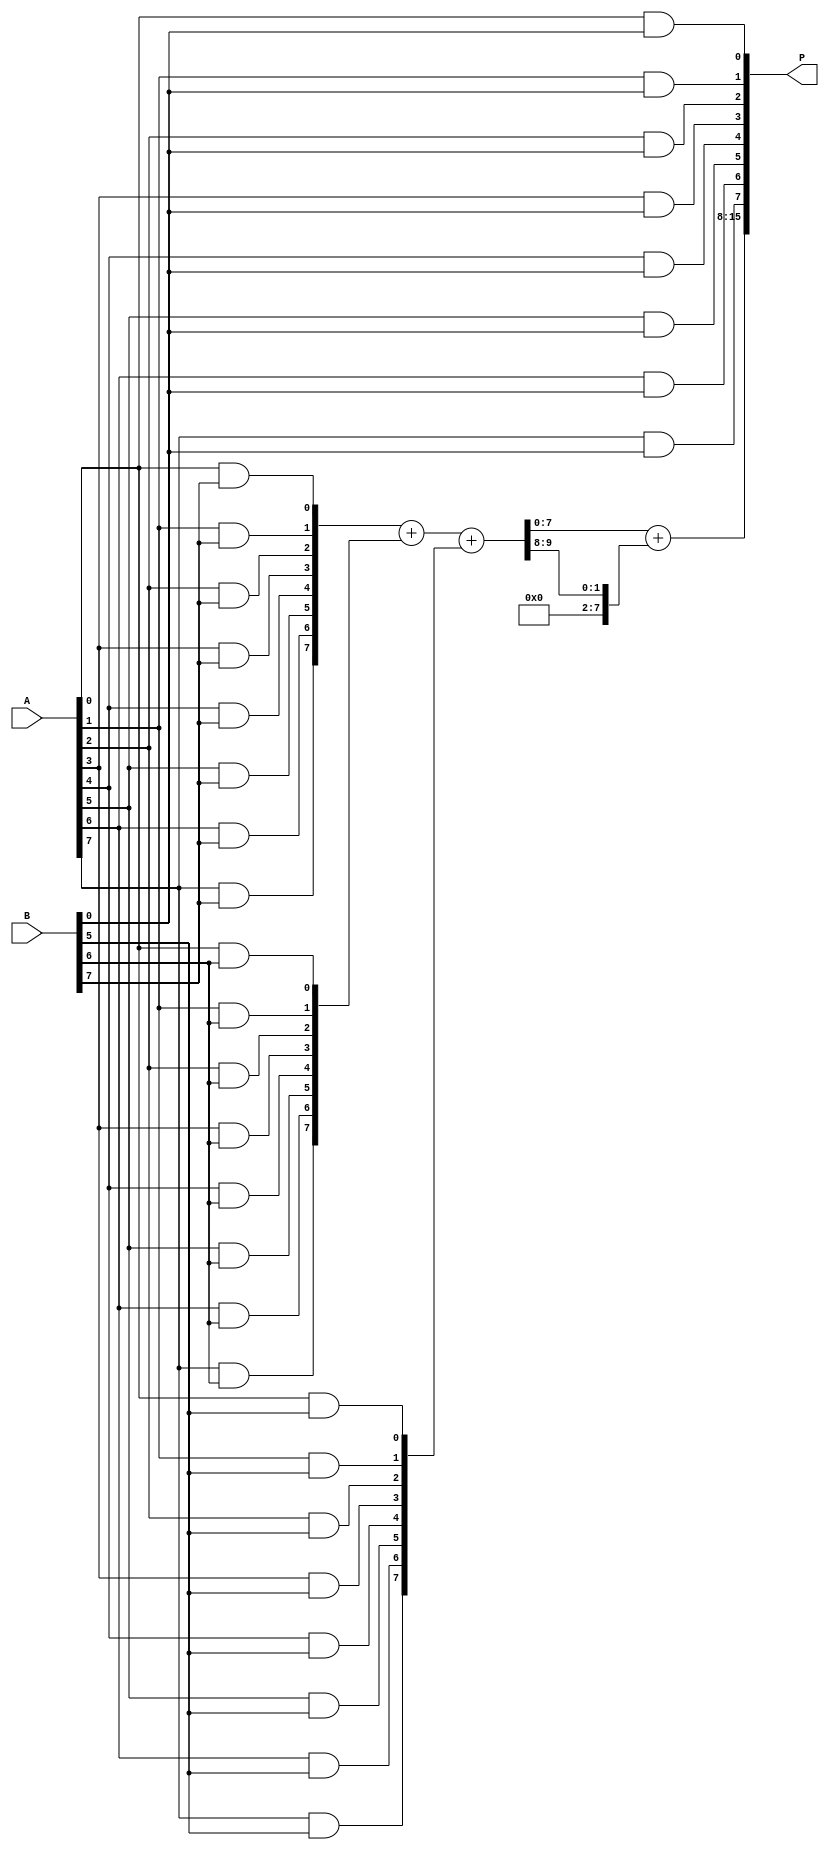
module wallace_tree_multiplier #(parameter N = 8) (
    input [N-1:0] A, // First operand
    input [N-1:0] B, // Second operand
    output [2*N-1:0] P // Product output
);

    // Partial product generation
    wire [N-1:0] pp [0:N-1]; // Partial products
    genvar i, j;
    generate
        for (i = 0; i < N; i = i + 1) begin : pp_gen
            for (j = 0; j < N; j = j + 1) begin : pp_bit
                assign pp[i][j] = A[j] & B[i]; // AND operation for partial product
            end
        end
    endgenerate

    // Wallace tree reduction
    wire [N-1:0] sum [0:N]; // Sums at each stage
    wire [N-1:0] carry [0:N]; // Carries at each stage

    // Initial stage
    assign sum[0] = pp[0];
    assign carry[0] = 0;

    genvar stage;
    generate
        for (stage = 1; stage < N; stage = stage + 1) begin : reduction_stage
            wire [N-1:0] a, b, c;
            assign a = pp[stage];
            assign b = pp[stage-1];
            assign c = (stage > 1) ? pp[stage-2] : 0;

            // Full adder and half adder logic
            // Half adders for the least significant bits
            assign {carry[stage], sum[stage]} = a + b + c; // Simplified for demonstration
        end
    endgenerate

    // Final addition
    wire [N-1:0] final_sum;
    wire final_carry;

    assign {final_carry, final_sum} = sum[N-1] + carry[N-1];

    // Output assignment
    assign P = {final_carry, final_sum, sum[0]}; // Concatenate for final product

endmodule